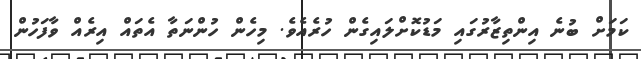
ކަމަށް ބުނެ އިންތިޒާރުގައި މަޑުކޮށްލައިގެން ހުރެއެވެ. މިހެން ހުންނަތާ އެތައް އިރެއް ވާފަހުން